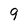
Character: 9